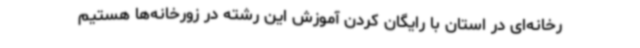
رخانه‌ای در استان با رایگان کردن آموزش این رشته در زورخانه‌ها هستیم